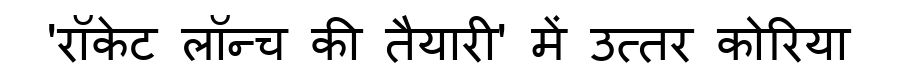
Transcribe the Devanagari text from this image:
'रॉकेट लॉन्च की तैयारी' में उत्तर कोरिया